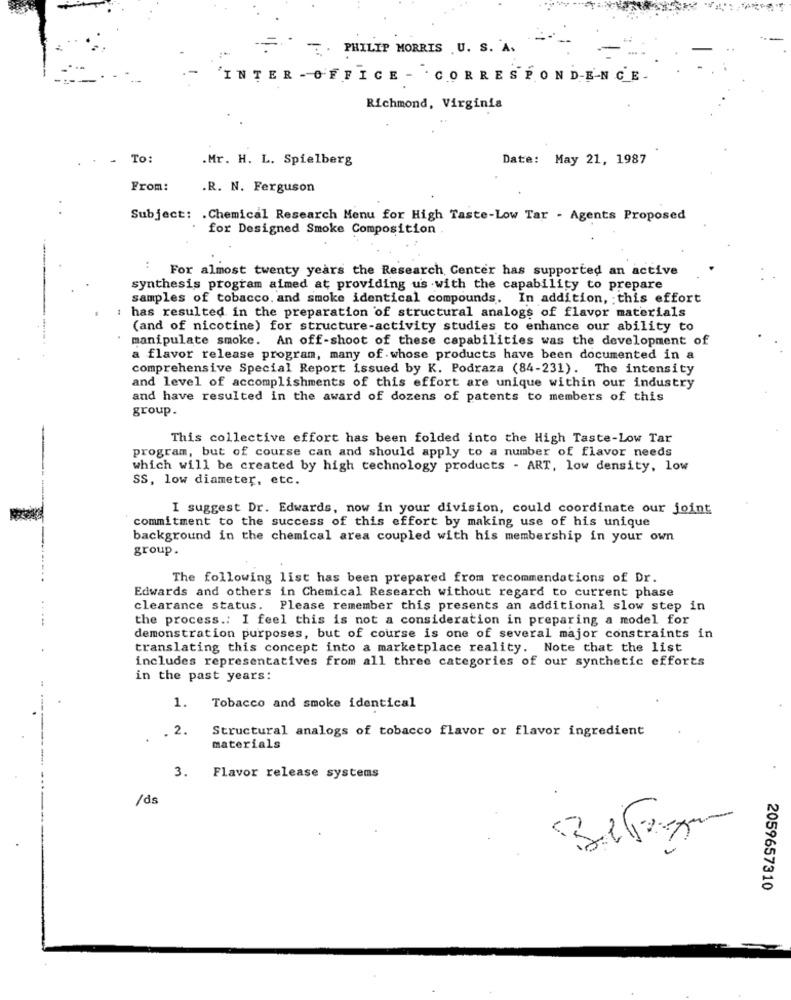
PHILIP MORRIS U. S. A.
INTER -OFFICE - CORRESPONDENCE
Richmond, Virginia
-
To:
.Mr. H. L. Spielberg
Date: May 21, 1987
From:
.R. N. Ferguson
Subject: . Chemical Research Menu for High Taste-Low Tar - Agents Proposed
for Designed Smoke Composition .
: For almost twenty years the Research Center has supported an active
synthesis program aimed at providing us with the capability to prepare
samples of tobacco, and smoke identical compounds. In addition, ; this effort
: has resulted in the preparation of structural analogs of flavor materials
(and of nicotine) for structure-activity studies to enhance our ability to
manipulate smoke. An off-shoot of these capabilities was the development of
a flavor release program, many of whose products have been documented in a
comprehensive Special Report issued by K. Podraza (84-231). The intensity
and level of accomplishments of this effort are unique within our industry
and have resulted in the award of dozens of patents to members of this
group.
This collective effort has been folded into the High Taste-Low Tar
program, but of course can and should apply to a number of flavor needs
which will be created by high technology products - ART, low density, low
SS, low diameter, etc.
I suggest Dr. Edwards, now in your division, could coordinate our joint
commitment to the success of this effort by making use of his unique
background in the chemical area coupled with his membership in your own
group.
The following list has been prepared from recommendations of Dr.
Edwards and others in Chemical Research without regard to current phase
clearance status. Please remember this presents an additional slow step in
the process .: I feel this is not a consideration in preparing a model for
demonstration purposes, but of course is one of several major constraints in
translating this concept into a marketplace reality. Note that the list
includes representatives from all three categories of our synthetic efforts
in the past years:
1. Tobacco and smoke identical
.2.
Structural analogs of tobacco flavor or flavor ingredient
materials
3. Flavor release systems
/ds
2059657310